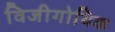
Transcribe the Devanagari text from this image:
विजीगोथिक